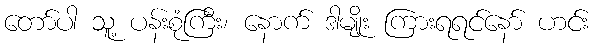
တော်ပါ သူ့ ပန်းစုံကြီး၊ နောက် ဒါမျိုး ကြားရရင်နော် ဟင်း